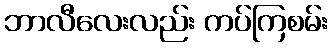
ဘာလီလေးလည်း ကပ်ကြစမ်း